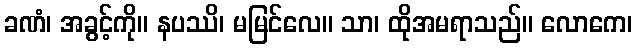
ခဏံ၊ အခွင့်ကို။ နပဿိ၊ မမြင်လေ။ သာ၊ ထိုအမရာသည်။ လောကေ၊